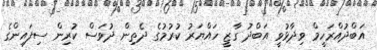
އަބްދުއްރަހީމް ވިދާޅުވީ އަބްދު ގާޒީ ހައްޔަރު ކުރުމުގެ ދެތިން ދުވަސް ކުރިން ސިފައިންގެ